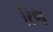
રિજ